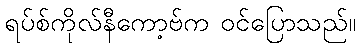
ရပ်စ်ကိုလ်နီကော့ဗ်က ဝင်ပြောသည်။